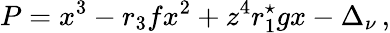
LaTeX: P=x^{3}-r_{3}fx^{2}+z^{4}r_{1}^{\star}gx-\Delta_{\nu}\, ,